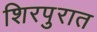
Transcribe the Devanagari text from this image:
शिरपुरात